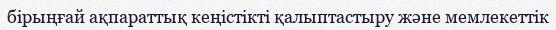
бірыңғай ақпараттық кеңістікті қалыптастыру және мемлекеттік